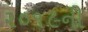
૨૦૧૯ની